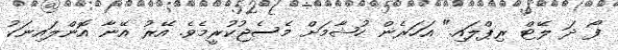
ފޯ ދަ ލޭޓް ރިޕްލައި." އަހަރެން ހުޝާމަށް މެސެޖުކުރީމެވެ. އޭރު އޭނާ އޮންލައިނަކު